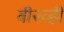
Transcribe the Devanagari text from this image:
बी२व्ही